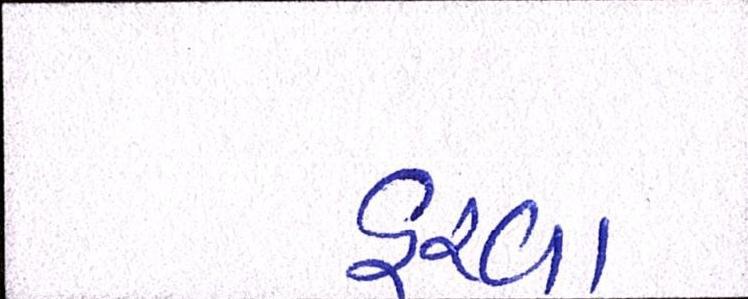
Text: હરવા